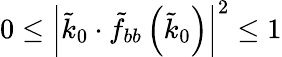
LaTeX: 0\leq\left|\tilde{k}_{0}\cdot\tilde{f}_{bb}\left(\tilde{k}_{0}\right)\right|^{2}\leq 1